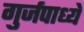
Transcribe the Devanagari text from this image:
गुर्जपाध्ये